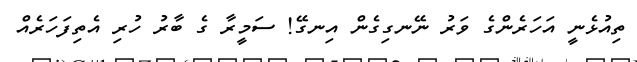
ތިއުޅެނީ އަހަރެންގެ ވަރު ނޭނގިގެން އިނގޭ! ސަމީރާ ގެ ބާރު ހުރި އެތިފަހަރެއް